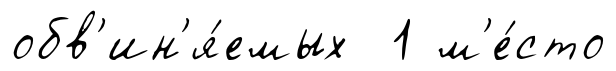
обв'ин'я́емых 1 м'е́сто